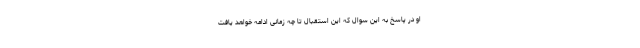
او در پاسخ به این سوال که این استقبال تا چه زمانی ادامه خواهد یافت